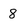
Character: 8